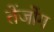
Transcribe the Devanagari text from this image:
तेंजोंग